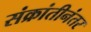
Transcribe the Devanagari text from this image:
संक्रांतीनंतर